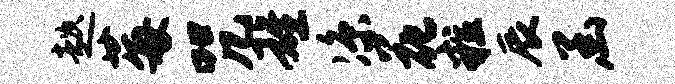
趑莓咒雄凉花粒辰函